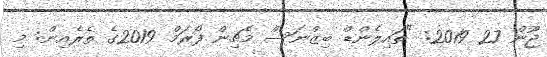
ޖޫން 27 2019: "ތައިލެންޑް ބިޒްނަސް މެޗިން ފޯރަމް 2019ގެ ތެރެއިން: މި